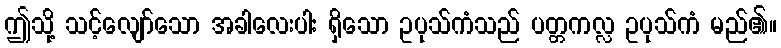
ဤသို့ သင့်လျော်သော အခါလေးပါး ရှိသော ဥပုသ်ကံသည် ပတ္တကလ္လ ဥပုသ်ကံ မည်၏။